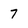
Character: 7